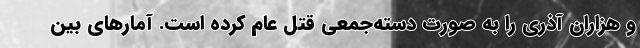
و هزاران آذری را به صورت دسته‌جمعی قتل عام کرده است. آمارهای بین‌